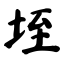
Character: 垤